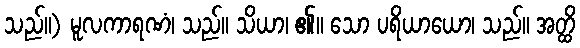
သည်။) မူလကာရဏံ၊ သည်။ သိယာ၊ ၏။ သော ပရိယာယော၊ သည်။ အတ္ထိ